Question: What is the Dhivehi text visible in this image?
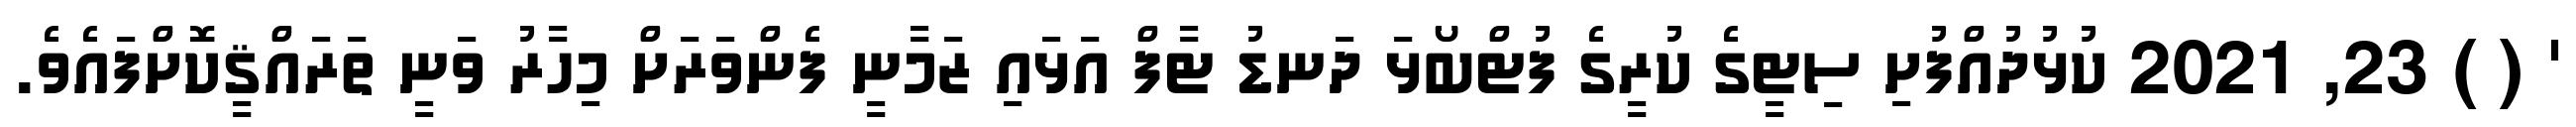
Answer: ' ( ) 23, 2021 ކުޅުދުއްފުށި ސިޓީގެ ކުރީގެ ފުޓްބޯޅަ ދަނޑު ޓާފް އަޅައި ޒަމާނީ ފެންވަރަށް މިހާރު ވަނީ ތަރައްޤީކޮށްފައެވެ.